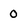
Character: 0